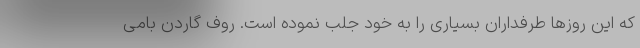
که این روزها طرفداران بسیاری را به خود جلب نموده است. روف گاردن بامی